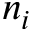
n _ { i }